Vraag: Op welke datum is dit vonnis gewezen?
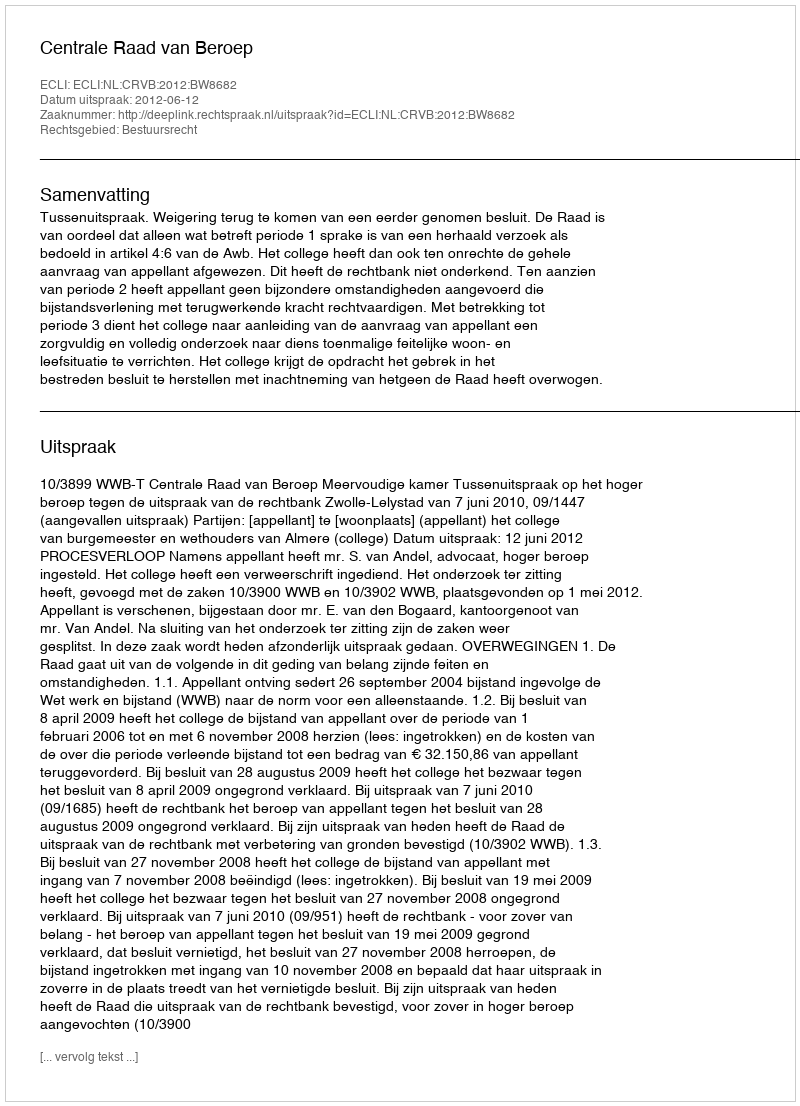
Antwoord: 2012-06-12